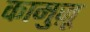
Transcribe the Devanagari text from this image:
कामुज़ू